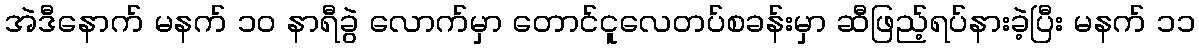
အဲဒီနောက် မနက် ၁၀ နာရီခွဲ လောက်မှာ တောင်ငူလေတပ်စခန်းမှာ ဆီဖြည့်ရပ်နားခဲ့ပြီး မနက် ၁၁